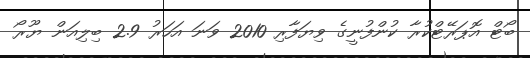
ބޯޓް އޮޕަރޭޓްކުރާ ކުންފުނީގެ ވިޔަފާރި 2010 ވަނަ އަހަރު 2.9 ބިލިއަން ޔޫރޯ